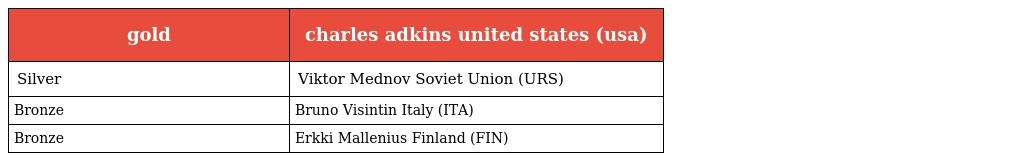
| gold | charles adkins united states (usa) |
 | --- | --- |
 | Silver | Viktor Mednov Soviet Union (URS) |
 | Bronze | Bruno Visintin Italy (ITA) |
 | Bronze | Erkki Mallenius Finland (FIN) |